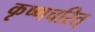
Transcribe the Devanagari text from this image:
कृष्णचरित्